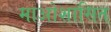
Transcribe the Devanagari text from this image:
माओशासित